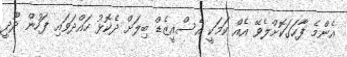
އެންމެ ފާހަގަކޮށްލެވޭ އެއް ކަމަކީ އެސްއީޒެޑް ބިލަށް ދެކޮޅު ހައްދަވައި ފަހުން ދޫދީ